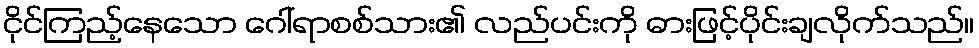
ငိုင်ကြည့်နေသော ဂေါ်ရာစစ်သား၏ လည်ပင်းကို ဓားဖြင့်ပိုင်းချလိုက်သည်။